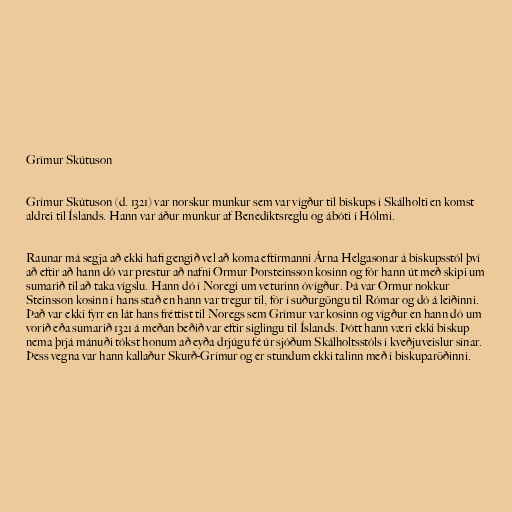
Grímur Skútuson

Grímur Skútuson (d. 1321) var norskur munkur sem var vígður til biskups í Skálholti en komst
aldrei til Íslands. Hann var áður munkur af Benediktsreglu og ábóti í Hólmi.

Raunar má segja að ekki hafi gengið vel að koma eftirmanni Árna Helgasonar á biskupsstól því
að eftir að hann dó var prestur að nafni Ormur Þorsteinsson kosinn og fór hann út með skipi um
sumarið til að taka vígslu. Hann dó í Noregi um veturinn óvígður. Þá var Ormur nokkur
Steinsson kosinn í hans stað en hann var tregur til, fór í suðurgöngu til Rómar og dó á leiðinni.
Það var ekki fyrr en lát hans fréttist til Noregs sem Grímur var kosinn og vígður en hann dó um
vorið eða sumarið 1321 á meðan beðið var eftir siglingu til Íslands. Þótt hann væri ekki biskup
nema þrjá mánuði tókst honum að eyða drjúgu fé úr sjóðum Skálholtsstóls í kveðjuveislur sínar.
Þess vegna var hann kallaður Skurð-Grímur og er stundum ekki talinn með í biskuparöðinni.